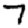
Digit: 7